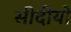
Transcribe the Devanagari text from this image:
सीदीयो